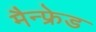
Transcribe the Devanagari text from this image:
मैन्फ्रेड